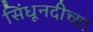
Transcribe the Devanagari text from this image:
सिंधूनदीच्या